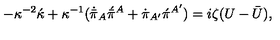
- \kappa ^ { - 2 } \acute { \kappa } + \kappa ^ { - 1 } ( \dot { \bar { \pi } } _ { A } \acute { \bar { \pi } } { } ^ { A } + \dot { \pi } _ { A ^ { \prime } } \acute { \pi } { } ^ { A ^ { \prime } } ) = i \zeta ( U - \bar { U } ) ,